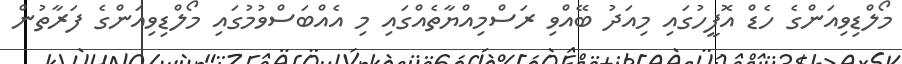
މޯލްޑިވިއަންގެ ހެޑް އޮފީހުގައި މިއަދު ބޭއްވި ރަސްމިއްޔާތެއްގައި މި އެއްބަސްވުމުގައި މޯލްޑިވިއަންގެ ފަރާތުން